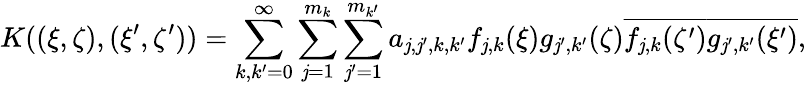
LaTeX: K((\xi,\zeta),(\xi^{\prime},\zeta^{\prime}))=\sum_{k,k^{\prime}=0}^{\infty}\sum_{\mathit{j}=1}^{m_{k}}\sum_{\mathit{j}^{\prime}=1}^{m_{k^{\prime}}}a_{\mathit{j},\mathit{j}^{\prime},k,k^{\prime}}f_{\mathit{j},k}(\xi)g_{\mathit{j}^{\prime},k^{\prime}}(\zeta)\overline{{{f_{\mathit{j},k}(\zeta^{\prime})}}}\overline{{{g_{\mathit{j}^{\prime},k^{\prime}}(\xi^{\prime})}}},